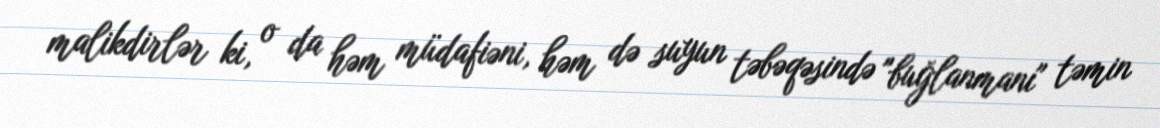
malikdirlər ki, o da həm müdafiəni, həm də suyun təbəqəsində "buğlanmanı" təmin